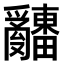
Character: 𤕌